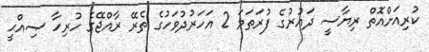
ކުރިއަށްއޮތް ރިޔާސީ ދައުރުގެ ފުރަތަމަ 2 އަހަރުދުވަހުގެ ތެރޭ ރާއްޖޭގެ ހުރިހާ ޞިއްޙީ